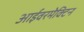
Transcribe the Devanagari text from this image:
आईवरमेक्टिन